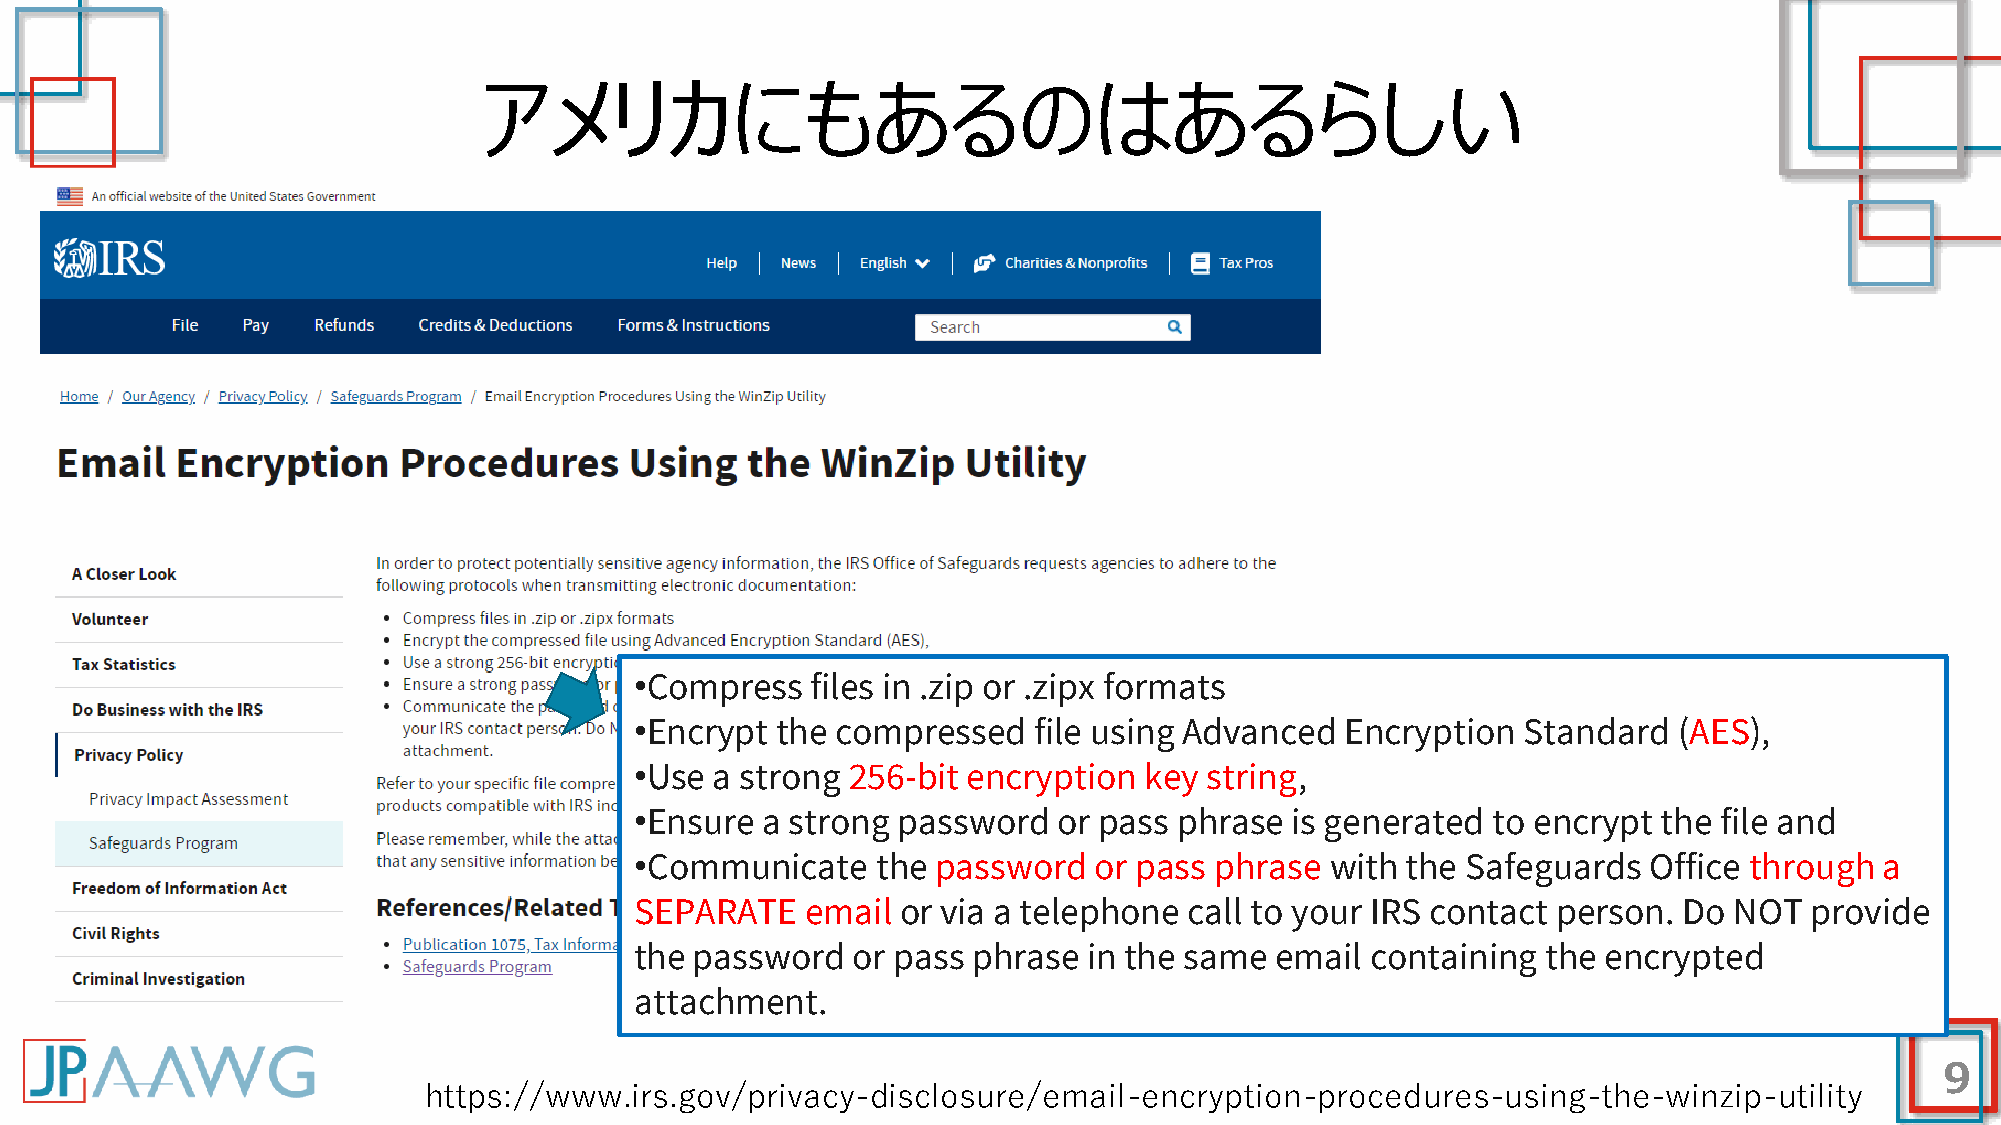
アメリカにもあるのはあるらしい
 •Compress   files in .zip or .zipx formats
 •Encrypt the compressed   file using Advanced  Encryption  Standard  (AES),
 •Use a strong 256-bit encryption  key string,
 •Ensure a strong password   or pass phrase  is generated to encrypt the file and
 •Communicate    the password  or pass phrase  with the Safeguards  Office through  a
 SEPARATE   email  or via a telephone call to your IRS contact person. Do NOT  provide
 the password  or pass phrase  in the same email  containing the encrypted
 attachment.
 9
 https://www.irs.gov/privacy-disclosure/email-encryption-procedures-using-the-winzip-utility